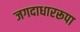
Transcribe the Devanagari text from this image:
जगदाधाररूपा